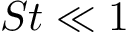
S t \ll 1